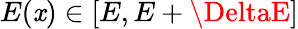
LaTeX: E(\mathit{x})\in[E,E+\DeltaE]